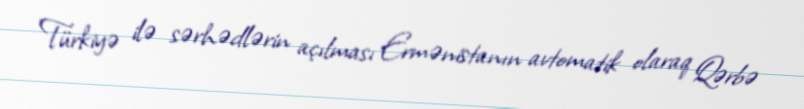
Türkiyə ilə sərhədlərin açılması Ermənistanın avtomatik olaraq Qərbə